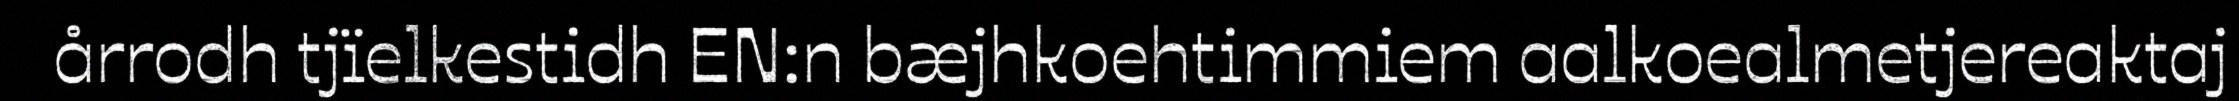
årrodh tjïelkestidh EN:n bæjhkoehtimmiem aalkoealmetjereaktaj